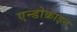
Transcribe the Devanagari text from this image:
एन्डोक्राइन